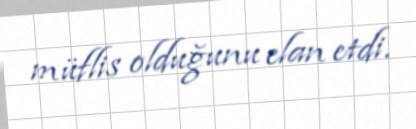
müflis olduğunu elan etdi.